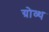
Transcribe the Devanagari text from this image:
ग्रोव्थ